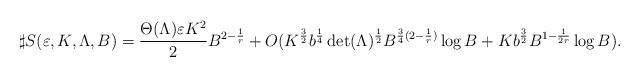
LaTeX: \begin{align*} \sharp S(\varepsilon,K,\Lambda,B)=\frac{\Theta(\Lambda)\varepsilon K^2}{2} B^{2-\frac{1}{r}}+O(K^\frac{3}{2}b^{\frac{1}{4}}\det(\Lambda)^\frac{1}{2} B^{\frac{3}{4}(2-\frac{1}{r})}\log B+Kb^{\frac{3}{2}}B^{1-\frac{1}{2r}}\log B). \end{align*}